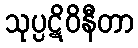
သုပ္ပဋိဝိနီတာ